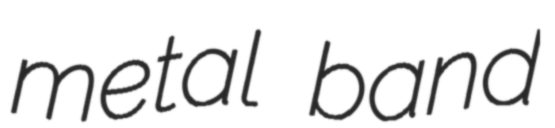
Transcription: metal band